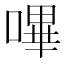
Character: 嗶